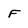
Character: F